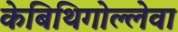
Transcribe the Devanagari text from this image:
केबिथिगोल्लेवा